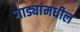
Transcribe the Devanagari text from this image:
गाड्यांमधील